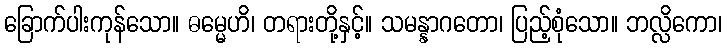
ခြောက်ပါးကုန်သော။ ဓမ္မေဟိ၊ တရားတို့နှင့်။ သမန္နာဂတော၊ ပြည့်စုံသော။ ဘလ္လိကော၊